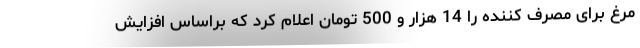
مرغ برای مصرف کننده را 14 هزار و 500 تومان اعلام کرد که براساس افزایش